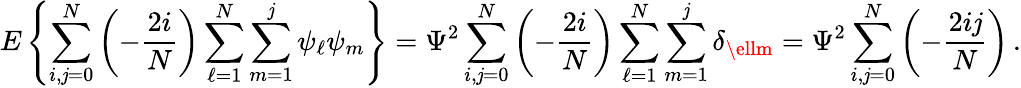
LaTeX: E\left\{ \sum_{i,\mathit{j}=0}^{N}\left(-{\frac{{2i}}{{N}}}\right)\sum_{\ell=1}^{N}\sum_{m=1}^{\mathit{j}}\psi_{\ell}\psi_{m}\right\} =\Psi^{2}\sum_{i,\mathit{j}=0}^{N}\left(-{\frac{{2i}}{{N}}}\right)\sum_{\ell=1}^{N}\sum_{m=1}^{\mathit{j}}\delta_{\ellm}=\Psi^{2}\sum_{i,\mathit{j}=0}^{N}\left(-{\frac{{2i\mathit{j}}}{{N}}}\right)\, .